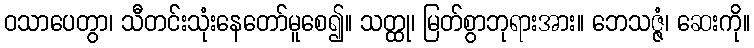
ဝသာပေတွာ၊ သီတင်းသုံးနေတော်မူစေ၍။ သတ္ထု၊ မြတ်စွာဘုရားအား။ ဘေသဇ္ဇံ၊ ဆေးကို။